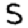
Digit: 5